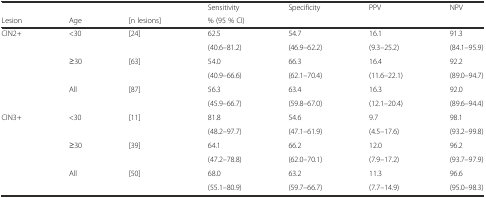
<table><thead><tr><td>[EMPTY_CELL]</td><td>[EMPTY_CELL]</td><td>[EMPTY_CELL]</td><td><b>Sensitivity</b></td><td><b>Specificity</b></td><td><b>PPV</b></td><td><b>NPV</b></td></tr><tr><td><b>Lesion</b></td><td><b>Age</b></td><td><b>[n lesions]</b></td><td colspan="4"><b>% (95 % CI)</b></td></tr></thead><tbody><tr><td>CIN2+</td><td>&lt;30</td><td>[24]</td><td>62.5</td><td>54.7</td><td>16.1</td><td>91.3</td></tr><tr><td>[EMPTY_CELL]</td><td>[EMPTY_CELL]</td><td>[EMPTY_CELL]</td><td>(40.6–81.2)</td><td>(46.9–62.2)</td><td>(9.3–25.2)</td><td>(84.1–95.9)</td></tr><tr><td>[EMPTY_CELL]</td><td>≥30</td><td>[63]</td><td>54.0</td><td>66.3</td><td>16.4</td><td>92.2</td></tr><tr><td>[EMPTY_CELL]</td><td>[EMPTY_CELL]</td><td>[EMPTY_CELL]</td><td>(40.9–66.6)</td><td>(62.1–70.4)</td><td>(11.6–22.1)</td><td>(89.0–94.7)</td></tr><tr><td>[EMPTY_CELL]</td><td>All</td><td>[87]</td><td>56.3</td><td>63.4</td><td>16.3</td><td>92.0</td></tr><tr><td>[EMPTY_CELL]</td><td>[EMPTY_CELL]</td><td>[EMPTY_CELL]</td><td>(45.9–66.7)</td><td>(59.8–67.0)</td><td>(12.1–20.4)</td><td>(89.6–94.4)</td></tr><tr><td>CIN3+</td><td>&lt;30</td><td>[11]</td><td>81.8</td><td>54.6</td><td>9.7</td><td>98.1</td></tr><tr><td>[EMPTY_CELL]</td><td>[EMPTY_CELL]</td><td>[EMPTY_CELL]</td><td>(48.2–97.7)</td><td>(47.1–61.9)</td><td>(4.5–17.6)</td><td>(93.2–99.8)</td></tr><tr><td>[EMPTY_CELL]</td><td>≥30</td><td>[39]</td><td>64.1</td><td>66.2</td><td>12.0</td><td>96.2</td></tr><tr><td>[EMPTY_CELL]</td><td>[EMPTY_CELL]</td><td>[EMPTY_CELL]</td><td>(47.2–78.8)</td><td>(62.0–70.1)</td><td>(7.9–17.2)</td><td>(93.7–97.9)</td></tr><tr><td>[EMPTY_CELL]</td><td>All</td><td>[50]</td><td>68.0</td><td>63.2</td><td>11.3</td><td>96.6</td></tr><tr><td>[EMPTY_CELL]</td><td>[EMPTY_CELL]</td><td>[EMPTY_CELL]</td><td>(55.1–80.9)</td><td>(59.7–66.7)</td><td>(7.7–14.9)</td><td>(95.0–98.3)</td></tr></tbody></table>